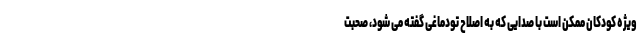
ویژه کودکان ممکن است با صدایی که به اصلاح تودماغی گفته می شود، صحبت